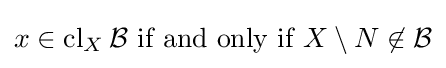
x\in \operatorname {cl} _{X}{\mathcal {B}}{\text{ if and only if }}X\setminus N\not \in {\mathcal {B}}